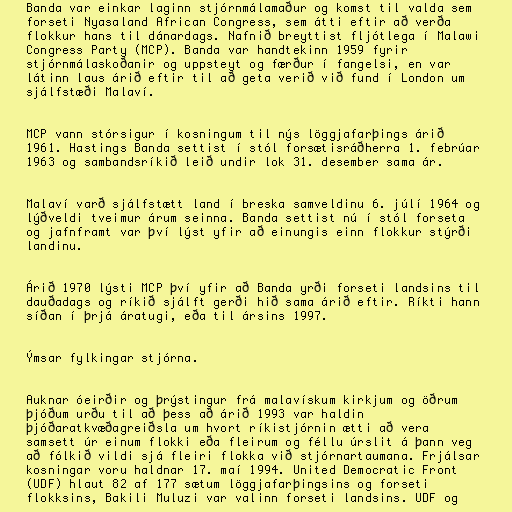
Banda var einkar laginn stjórnmálamaður og komst til valda sem
forseti Nyasaland African Congress, sem átti eftir að verða
flokkur hans til dánardags. Nafnið breyttist fljótlega í Malawi
Congress Party (MCP). Banda var handtekinn 1959 fyrir
stjórnmálaskoðanir og uppsteyt og færður í fangelsi, en var
látinn laus árið eftir til að geta verið við fund í London um
sjálfstæði Malaví.

MCP vann stórsigur í kosningum til nýs löggjafarþings árið
1961. Hastings Banda settist í stól forsætisráðherra 1. febrúar
1963 og sambandsríkið leið undir lok 31. desember sama ár.

Malaví varð sjálfstætt land í breska samveldinu 6. júlí 1964 og
lýðveldi tveimur árum seinna. Banda settist nú í stól forseta
og jafnframt var því lýst yfir að einungis einn flokkur stýrði
landinu.

Árið 1970 lýsti MCP því yfir að Banda yrði forseti landsins til
dauðadags og ríkið sjálft gerði hið sama árið eftir. Ríkti hann
síðan í þrjá áratugi, eða til ársins 1997.

Ýmsar fylkingar stjórna.

Auknar óeirðir og þrýstingur frá malavískum kirkjum og öðrum
þjóðum urðu til að þess að árið 1993 var haldin
þjóðaratkvæðagreiðsla um hvort ríkistjórnin ætti að vera
samsett úr einum flokki eða fleirum og féllu úrslit á þann veg
að fólkið vildi sjá fleiri flokka við stjórnartaumana. Frjálsar
kosningar voru haldnar 17. maí 1994. United Democratic Front
(UDF) hlaut 82 af 177 sætum löggjafarþingsins og forseti
flokksins, Bakili Muluzi var valinn forseti landsins. UDF og